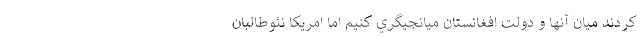
كردند ميان آنها و دولت افغانستان ميانجيگري كنيم اما امريكا نئوطالبان